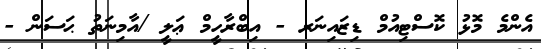
އެންމެ މޮޅު ކޮސްޓިއުމް ޑިޒައިނަރ - އިބްރާހީމް ޢަލީ /އާމިނަތު ޙަސަން -